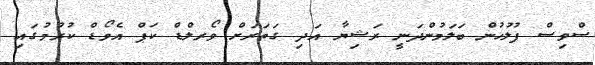
ސްވިސް ފުލުހުން ބަލަމުންދަނީ ރަޝިޔާ އަދި ގަތަރަށް ވޯރލްޑް ކަޕް އެވޯޑް ކުރުމުގައި